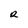
Character: R